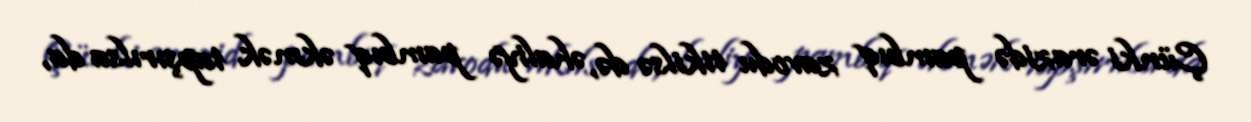
Çünki ərazidə pambıq zavodu tikilsə də, əhaliyə pambıq əkmək tapşırılsa da,